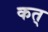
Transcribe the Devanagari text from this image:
कत्